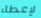
لإعطاء